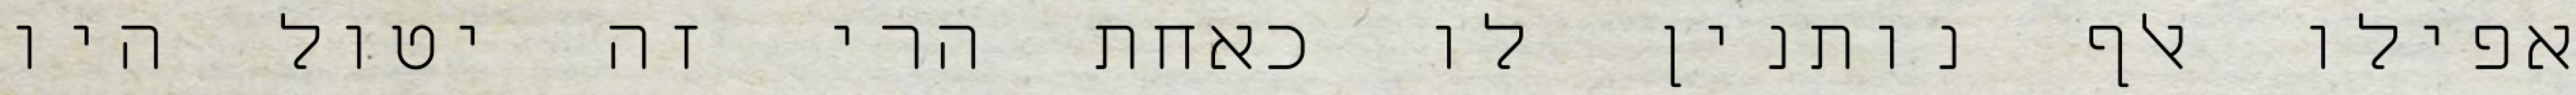
אפילו אלף נותנין לו כאחת הרי זה יטול היו